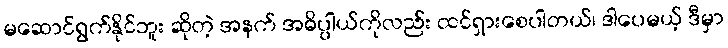
မဆောင်ရွက်နိုင်ဘူး ဆိုတဲ့ အနက် အဓိပ္ပါယ်ကိုလည်း ထင်ရှားစေပါတယ်၊ ဒါပေမယ့် ဒီမှာ